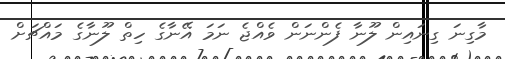
މާގިނަ ގިނައިން ލޫނާ ފެންނަން ވެއްޖެ ނަމަ އޭނާގެ ހިތް ލޫނާގެ މައްޗަށް